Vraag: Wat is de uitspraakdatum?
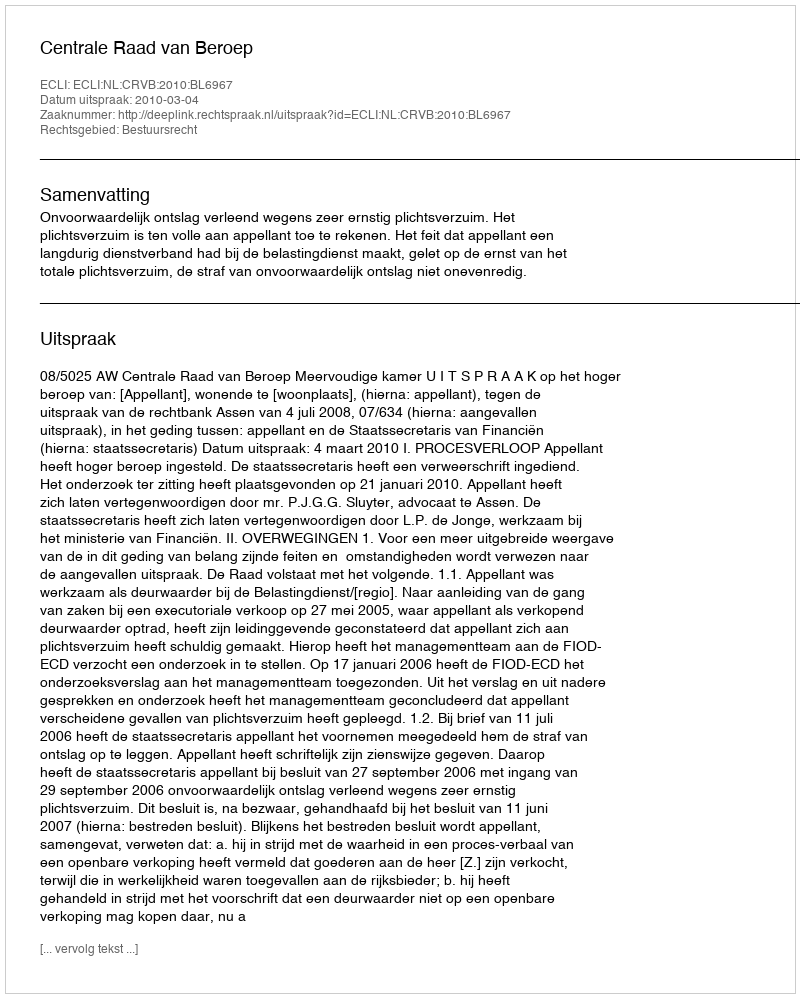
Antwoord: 2010-03-04